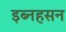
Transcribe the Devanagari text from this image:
इब्नहसन